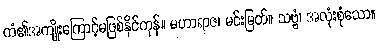
ကံ၏အကျိုးကြောင့်မဖြစ်နိုင်ကုန်။ မဟာရာဇ၊ မင်းမြတ်။ သဗ္ဗံ၊ အလုံးစုံသော။